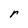
Character: r